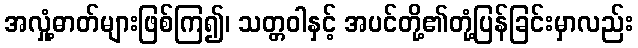
အလှုံ့ဓာတ်များဖြစ်ကြ၍၊ သတ္တဝါနှင့် အပင်တို့၏တုံ့ပြန်ခြင်းမှာလည်း